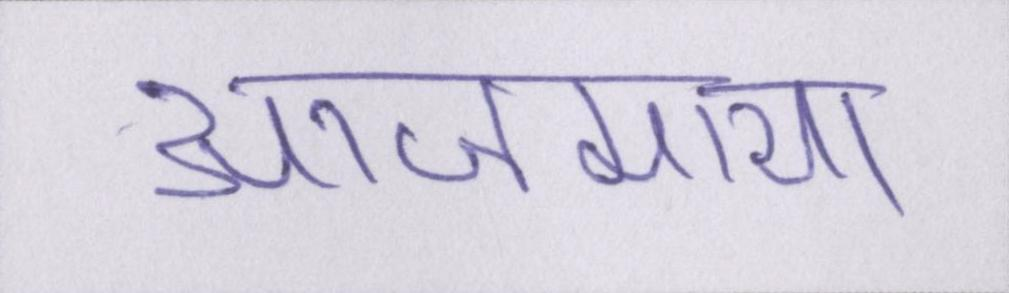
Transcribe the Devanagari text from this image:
आजमाया